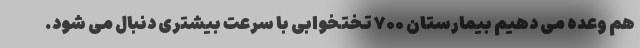
هم وعده می دهیم بیمارستان ۷۰۰ تختخوابی با سرعت بیشتری دنبال می شود.